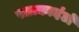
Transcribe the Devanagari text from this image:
पताकादंडों